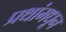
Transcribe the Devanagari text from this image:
प्रथांमधून